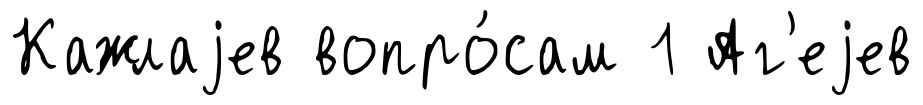
Кажлаjев вопро́сам 1 Аг'еjев